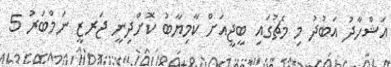
އަޝްހާދު އަބުދު މި މެޗުގައި ބީޖީއަށް ކާމިޔާބު ކޮށްދިނީ ޖަރޒީ ނަމްބަރު 5